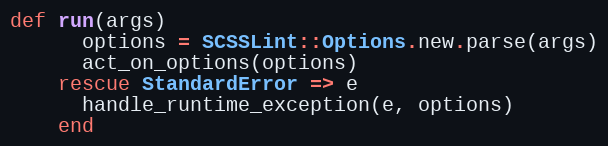
Language: Ruby
def run(args)
      options = SCSSLint::Options.new.parse(args)
      act_on_options(options)
    rescue StandardError => e
      handle_runtime_exception(e, options)
    end